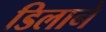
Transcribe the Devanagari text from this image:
डिलाने